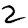
Digit: 2